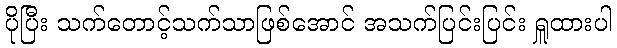
ပိုပြီး သက်တောင့်သက်သာဖြစ်အောင် အသက်ပြင်းပြင်း ရှူထားပါ